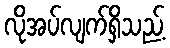
လိုအပ်လျက်ရှိသည့်